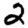
Digit: 2